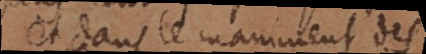
et dans le maniment des